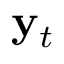
\mathbf { y } _ { t }